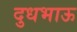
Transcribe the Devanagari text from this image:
दुधभाऊ